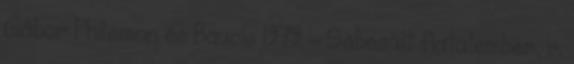
Gábor Philemon és Baucis 1979 - Sebesült fiatalember, r.